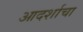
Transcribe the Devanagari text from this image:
आदर्शाचा